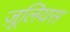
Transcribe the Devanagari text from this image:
ज़ूलियस